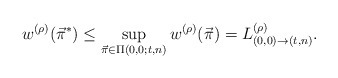
\begin{align*} w^{(\rho)}(\vec{\pi}^*)\leq\sup_{\vec{\pi}\in\Pi(0,0;t,n)}w^{(\rho)}(\vec{\pi})= L^{(\rho)}_{(0,0)\to(t,n)}.\end{align*}